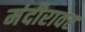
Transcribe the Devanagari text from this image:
मंदीरावर